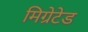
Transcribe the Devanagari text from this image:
मिग्रेटेड